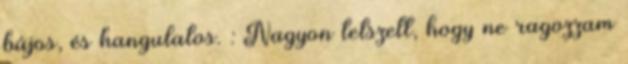
bájos, és hangulatos. : Nagyon tetszett, hogy ne ragozzam